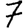
Digit: 7